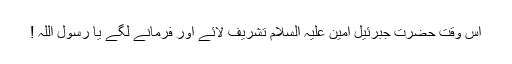
اس وقت حضرت جبرئیل امین علیہ السلام تشریف لائے اور فرمانے لگے یا رسول اللہ !